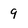
Character: 9